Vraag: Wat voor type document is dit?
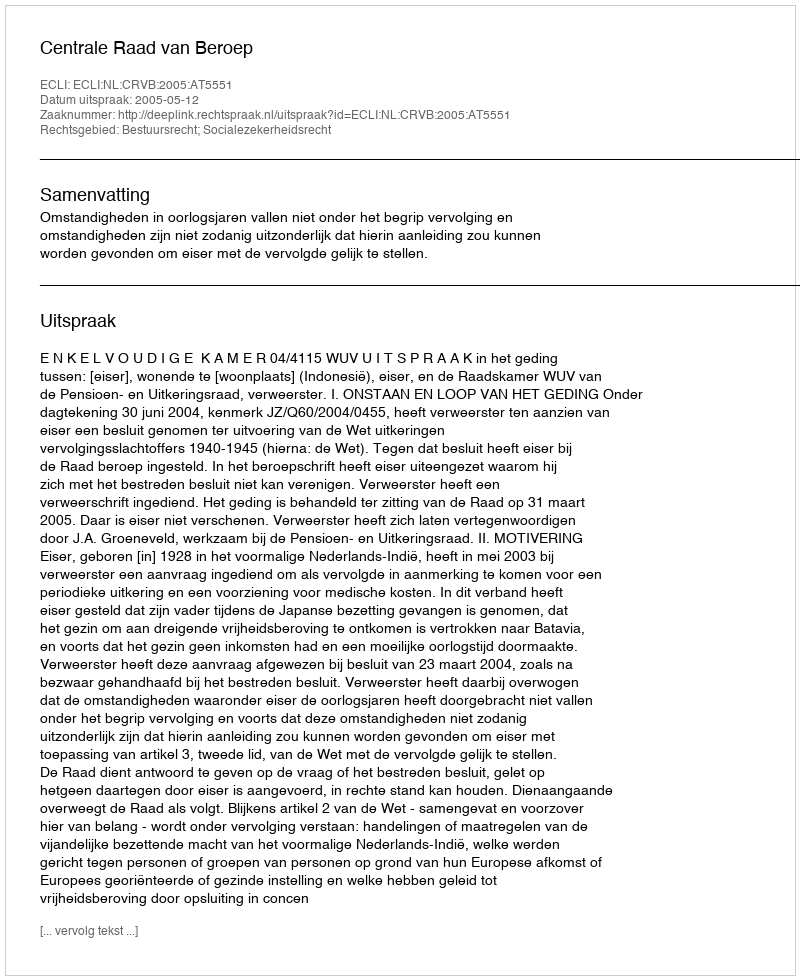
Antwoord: Uitspraak